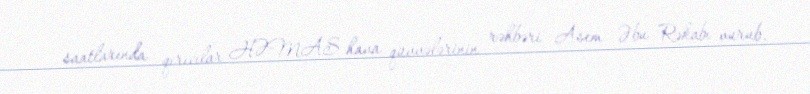
saatlarında qırıcılar HƏMAS hava qüvvələrinin rəhbəri Asem Əbu Rəkabı vurub.